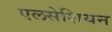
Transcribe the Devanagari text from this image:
एलसेशियन